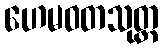
ဟေမဝတသုတ္တ